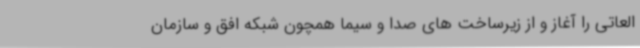
العاتی را آغاز و از زیرساخت های صدا و سیما همچون شبکه افق و سازمان